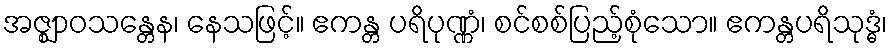
အဇ္ဈာဝသန္တေန၊ နေသဖြင့်။ ဧကန္တ ပရိပုဏ္ဏံ၊ စင်စစ်ပြည့်စုံသော။ ဧကန္တပရိသုဒ္ဓံ၊